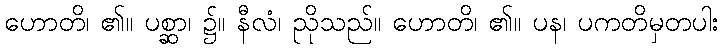
ဟောတိ၊ ၏။ ပစ္ဆာ၊ ၌။ နီလံ၊ ညိုသည်။ ဟောတိ၊ ၏။ ပန၊ ပကတိမှတပါး